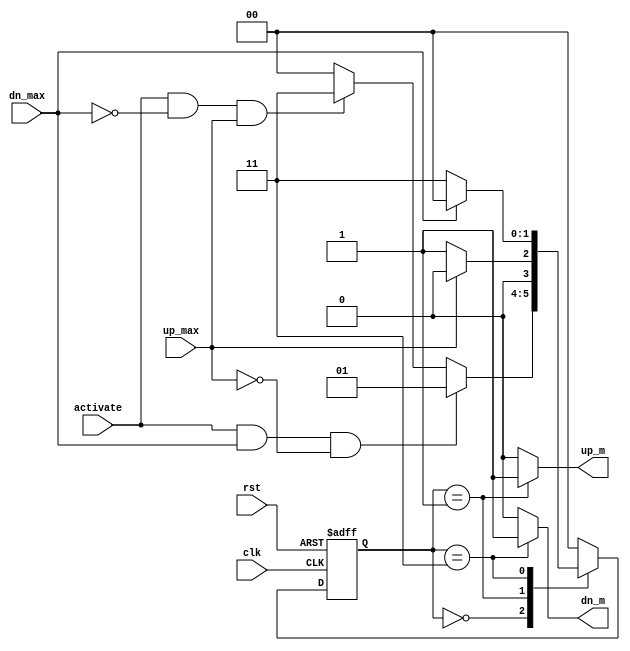
module garage (
    input      clk,rst,
    input      activate,
    input      up_max,
    input      dn_max,
    output reg up_m,
    output reg dn_m
);
    localparam [1:0] idle  = 2'b00,
                     mv_up = 2'b01,
                     mv_dn = 2'b11;
    
    reg [1:0] cur_state,next_state;

    always @(posedge clk , negedge rst ) begin
        if(!rst)
        begin
            cur_state<= idle;
        end
        else
        begin
            cur_state<=next_state;
        end
    end

    always @(*) begin
        // to avoid unintentional latch
        up_m=0;
        dn_m=0;
        next_state=idle;
        case (cur_state)
            idle: begin
                up_m=0;
                dn_m=0;
                if(activate && dn_max && !up_max)
                  next_state=mv_up;
                else if(activate && !dn_max && up_max)
                  next_state=mv_dn;
                else 
                  next_state=idle;
            end     
            mv_up: begin
                up_m=1;
                dn_m=0;
                if(up_max)
                next_state=idle;
                else
                next_state=mv_up;
            end
            mv_dn: begin
                up_m=0;
                dn_m=1;
                if(dn_max)
                next_state=idle;
                else
                next_state=mv_dn;
            end
            default: begin
                up_m=0;
                dn_m=0;
                next_state=idle;
            end
        endcase
    end
endmodule